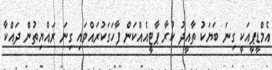
އެމްޑީޕީއަކީ ގިނަ ބަޔަކު ތާއީދު ކުރާ ޕާޓީއެއްކަން ފާހަގަކުރައްވައި ގިނަ ރައްޔިތުން ދައްކާ